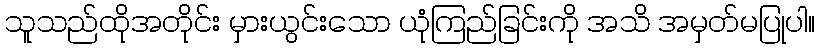
သူသည်ထိုအတိုင်း မှားယွင်းသော ယုံကြည်ခြင်းကို အသိ အမှတ်မပြုပါ။